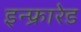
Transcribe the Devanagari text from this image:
इन्‍फ्रारेड